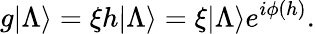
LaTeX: g|\Lambda\rangle=\xi h|\Lambda\rangle=\xi|\Lambda\rangle e^{i\phi(h)}.